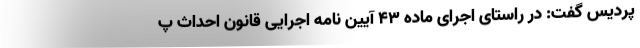
پردیس گفت: در راستای اجرای ماده ۴۳ آیین نامه اجرایی قانون احداث پ